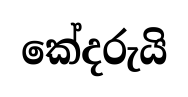
කේදරුයි